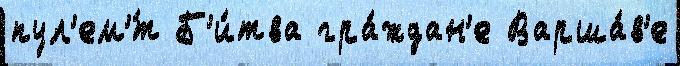
пул'ем'́т Б'и́тва гра́ждан'е Варша́в'е